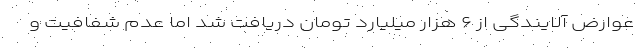
عوارض آلایندگی از ۶ هزار میلیارد تومان دریافت شد اما عدم شفافیت و